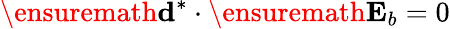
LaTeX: \ensuremath{\mathbf{d}}^{*}\cdot\ensuremath{\mathbf{E}_{b}}=0